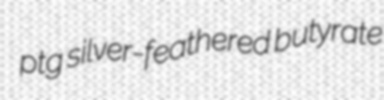
ptg silver-feathered butyrate